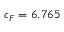
c _ { F } = 6 . 7 6 5